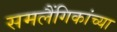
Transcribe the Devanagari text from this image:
समलैंगिकांच्या